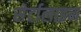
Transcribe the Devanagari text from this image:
सेर्टालाइन